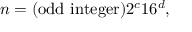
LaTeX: n = ( \mathrm { o d d ~ i n t e g e r } ) 2 ^ { c } 1 6 ^ { d } ,